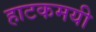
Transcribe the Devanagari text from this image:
हाटकमयी